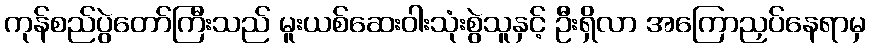
ကုန်စည်ပွဲတော်ကြီးသည် မူးယစ်ဆေးဝါးသုံးစွဲသူနှင့် ဦးရှိလာ အကြောညှပ်နေရာမှ